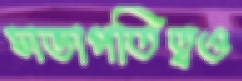
সভাপতিত্বও